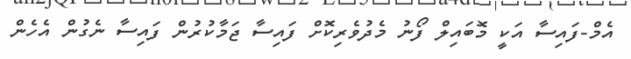
އެމް-ފައިސާ އަކީ މޮބައިލް ފޯނު މެދުވެރިކޮށް ފައިސާ ޖަމާކުރުން ފައިސާ ނެގުން އެހެން